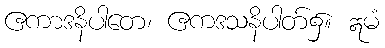
ဧကာဒနိပါတေ၊ ဧကဒသနိပါတ်၌။ ဣမံ